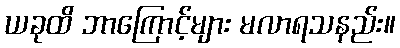
ယခုထိ ဘာကြောင့်များ မလာရသနည်း။